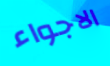
الاجواء